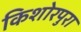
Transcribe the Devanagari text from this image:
किशोरपुरा